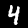
Label: 4